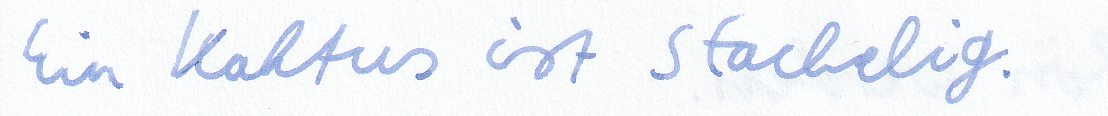
Ein Kaktus ist stachelig.